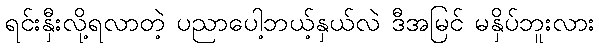
ရင်းနှီးလို့ရလာတဲ့ ပညာပေါ့ဘယ့်နှယ်လဲ ဒီအမြင် မနှိပ်ဘူးလား